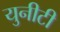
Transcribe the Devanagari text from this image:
युनीटी